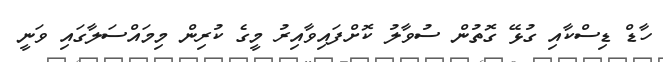
ހާޑް ޑިސްކާއި ގުޅޭ ގޮތުން ސުވާލު ކޮށްފައިވާއިރު މީގެ ކުރިން މިމައްސަލާގައި ވަނީ